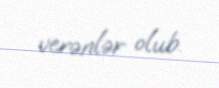
verənlər olub.